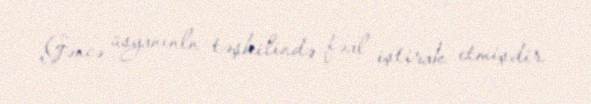
Gəncə üsyanınln təşkilində fəal iştirak etmişdir.